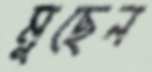
মুছেন